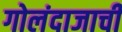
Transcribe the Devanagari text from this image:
गोलंदाजाची